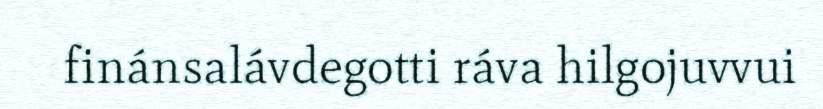
finánsalávdegotti ráva hilgojuvvui